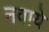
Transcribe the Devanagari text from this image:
नवाये